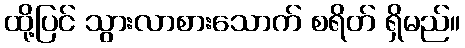
ထို့ပြင် သွားလာစားသောက် စရိတ် ရှိမည်။